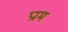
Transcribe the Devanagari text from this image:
प्राम